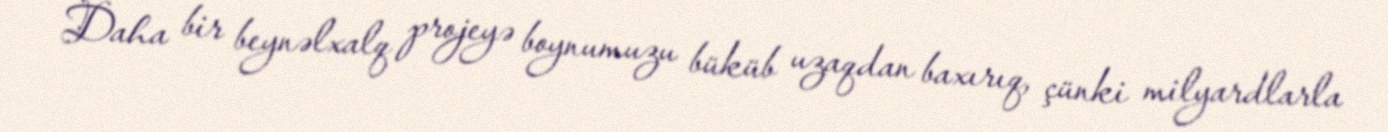
Daha bir beynəlxalq projeyə boynumuzu büküb uzaqdan baxırıq, çünki milyardlarla